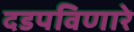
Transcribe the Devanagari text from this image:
दडपविणारे